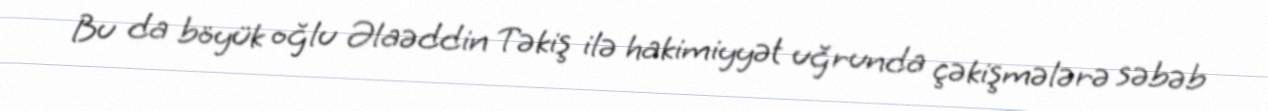
Bu da böyük oğlu Əlaəddin Təkiş ilə hakimiyyət uğrunda çəkişmələrə səbəb